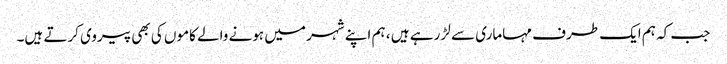
جب کہ ہم ایک طرف مہاماری سے لڑ رہے ہیں ، ہم اپنے شہر میں ہونے والے کاموں کی بھی پیروی کرتے ہیں۔